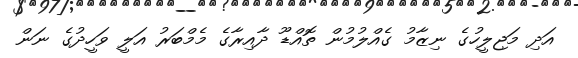
އަދި މަޖިލީހުގެ ނިޒާމު ގެއްލުމުން ތޮއްޑޫ ދާއިރާގެ މެމްބަރު އަލީ ވަހީދުގެ ނަން